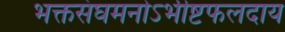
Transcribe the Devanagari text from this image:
भक्तसंघमनोऽभीष्टफलदाय